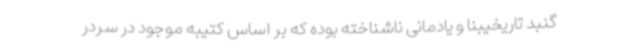
گنبد تاریخیبنا و یادمانی ناشناخته بوده که بر اساس کتیبه موجود در سردر